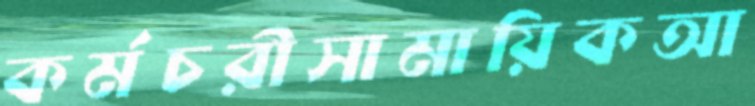
কর্মচরীসামায়িকআ